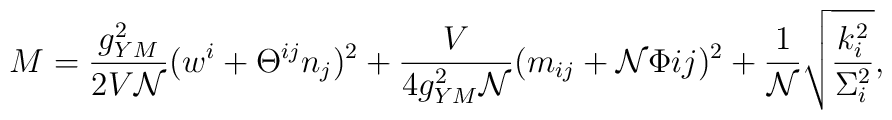
M = \frac{g_{YM}^2}{2V {\cal N}} (w^i+\Theta^{ij}n_j)^2 +\frac{V}{4g_{YM}^2 {\cal N}} (m_{ij}+{\cal N} \Phi{ij})^2 +\frac{1}{\cal N} \sqrt{ \frac{k_i^2}{\Sigma_i^2}},